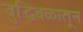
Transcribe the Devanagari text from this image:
बुद्धिबळातून